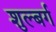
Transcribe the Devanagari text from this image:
शुल्बर्ग